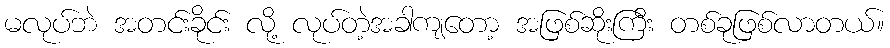
မလုပ်ဘဲ အတင်းခိုင်း လို့ လုပ်တဲ့အခါကျတော့ အဖြစ်ဆိုးကြီး တစ်ခုဖြစ်လာတယ်။